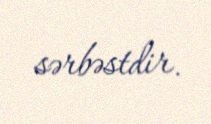
sərbəstdir.